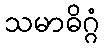
သမာဓိဂ္ဂံ